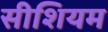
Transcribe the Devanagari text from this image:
सीशियम